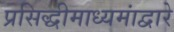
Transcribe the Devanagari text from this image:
प्रसिद्धीमाध्यमांद्वारे